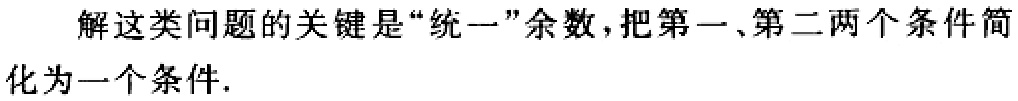
解这类问题的关键是“统一”余数,把第一、第二两个条件简化为一个条件.